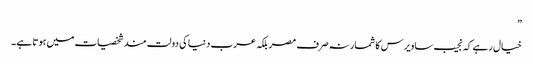
”
خیال رہے کہ نجیب ساویرس کا شمار نہ صرف مصر بلکہ عرب دنیا کی دولت مند شخصیات میں ہوتا ہے۔